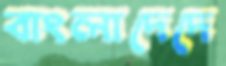
বাংলাদেদে